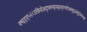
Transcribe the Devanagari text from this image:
क्ष्ग्र्द्य्५६८उकिवेअद्फ्स्ग्फ्त्स्र्रुय्७लोज्क्लुइओयुजिग्फ्च्क्ष